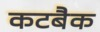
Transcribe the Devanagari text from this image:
कटबैक